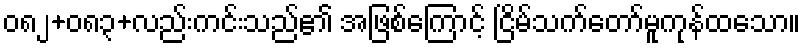
၀၈၂+၀၈၃+လည်းကင်းသည်၏ အဖြစ်ကြောင့် ငြိမ်သက်တော်မူကုန်ထသော။